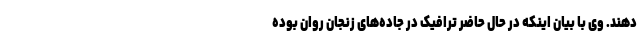
دهند. وی با بیان اینکه در حال حاضر ترافیک در جاده‌های زنجان روان بوده